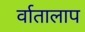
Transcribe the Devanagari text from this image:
र्वातालाप